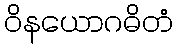
ဝိနယောဂဓိတံ